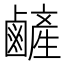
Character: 𪉺